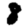
Digit: 8